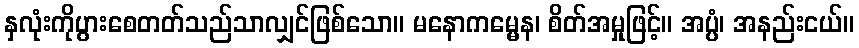
နှလုံးကိုပွားစေတတ်သည်သာလျှင်ဖြစ်သော။ မနောကမ္မေန၊ စိတ်အမှုဖြင့်။ အပ္ပံ၊ အနည်းငယ်။